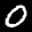
Label: 0